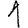
Digit: 1